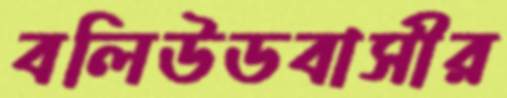
বলিউডবাসীর